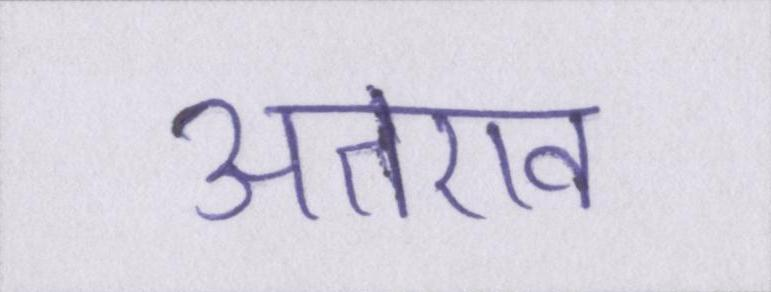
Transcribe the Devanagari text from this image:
अतएव